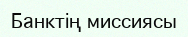
Банктің миссиясы